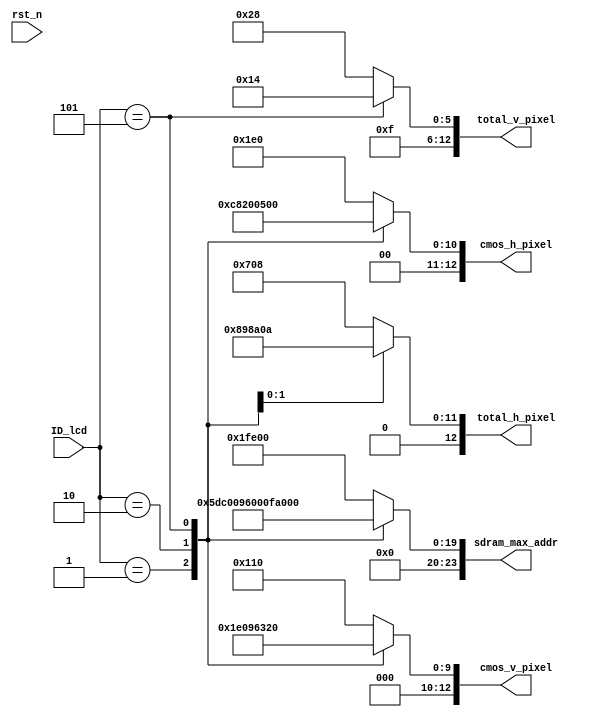


module picture_size (
    input              rst_n       ,
             
    input       [15:0] ID_lcd      ,
             
    output  reg [12:0] cmos_h_pixel,
    output  reg [12:0] cmos_v_pixel,   
    output  reg [12:0] total_h_pixel,
    output  reg [12:0] total_v_pixel,
    output  reg [23:0] sdram_max_addr
);


parameter  ID_4342 =   0;
parameter  ID_7084 =   1;
parameter  ID_7016 =   2;
parameter  ID_1018 =   5;


always @(*) begin             
    case(ID_lcd ) 
        ID_4342 : begin
            cmos_h_pixel   = 13'd480;    
            cmos_v_pixel   = 13'd272;
            sdram_max_addr =23'd130560;
        end 
        ID_7084 : begin
            cmos_h_pixel   = 13'd800;    
            cmos_v_pixel   = 13'd480;           
            sdram_max_addr =23'd384000;
        end 
        ID_7016 : begin
            cmos_h_pixel   = 13'd1024;    
            cmos_v_pixel   = 13'd600;           
            sdram_max_addr =23'd614400;
        end    
        ID_1018 : begin
            cmos_h_pixel   = 13'd1280;    
            cmos_v_pixel   = 13'd800;           
            sdram_max_addr =23'd1024000;
        end 
    default : begin
        cmos_h_pixel   = 13'd480;
        cmos_v_pixel   = 13'd272; 
        sdram_max_addr =23'd130560;
    end
    endcase
end 

always @(*) begin
    case(ID_lcd)
        ID_4342 : begin 
            total_h_pixel =   13'd1800;
            total_v_pixel =   13'd1000;
        end
        ID_7084 : begin 
            total_h_pixel =   13'd1800;
            total_v_pixel =   13'd1000;
        end
        ID_7016 : begin 
            total_h_pixel =   13'd2200;
            total_v_pixel =   13'd1000;
        end
        ID_1018 : begin
            total_h_pixel =   13'd2570;
            total_v_pixel =   13'd980;
        end 
    default : begin
        total_h_pixel  = 13'd1800;
        total_v_pixel  = 13'd1000;
    end 
    endcase
end 

endmodule